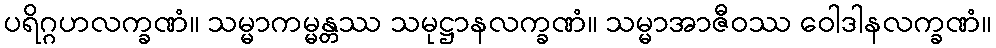
ပရိဂ္ဂဟလက္ခဏံ။ သမ္မာကမ္မန္တဿ သမုဋ္ဌာနလက္ခဏံ။ သမ္မာအာဇီဝဿ ဝေါဒါနလက္ခဏံ။